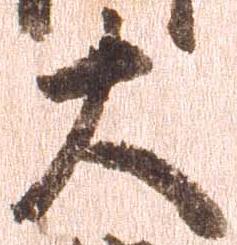
大